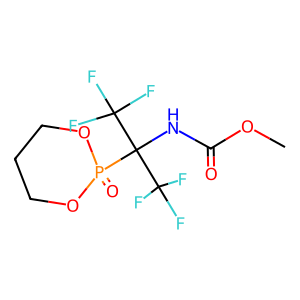
SMILES: COC(=O)NC(C(F)(F)F)(C(F)(F)F)P1(=O)OCCCO1
Inhibits HIV replication: No